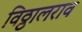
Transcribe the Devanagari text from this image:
विठ्ठालराव